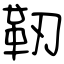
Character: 靭